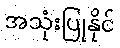
အသုံးပြုနိုင်